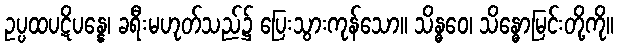
ဥပ္ပထပဋိပန္နေ၊ ခရီးမဟုတ်သည်၌ ပြေးသွားကုန်သော။ သိန္ဓဝေ၊ သိန္ဓောမြင်းတို့ကို။